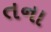
તના